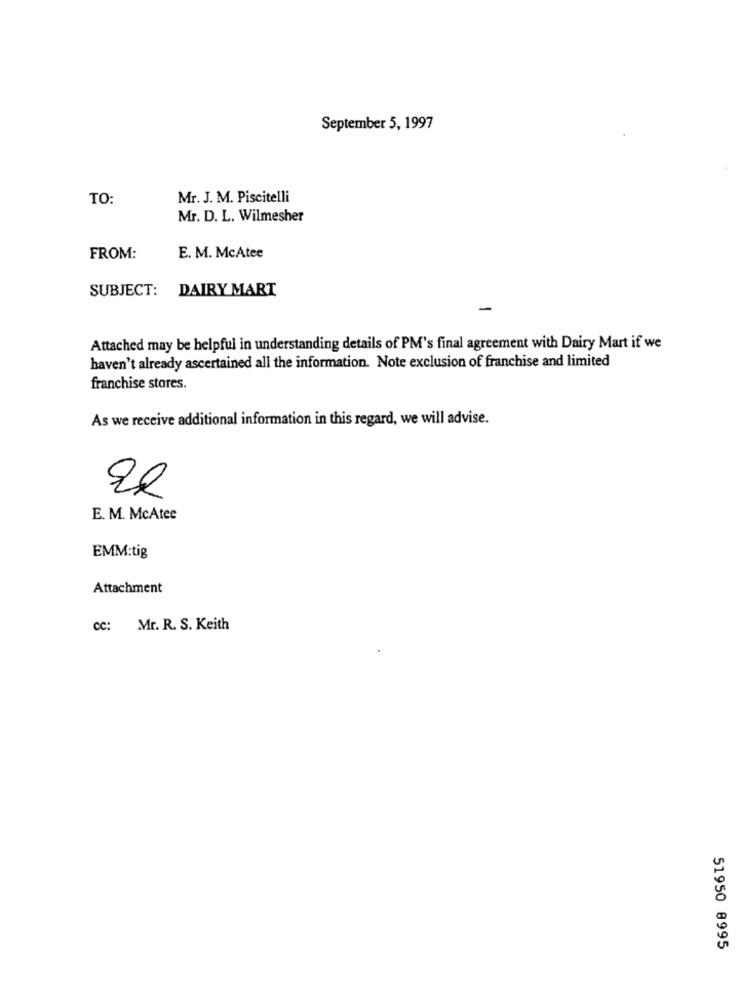
September 5, 1997
TO:
Mr. J. M. Piscitelli
Mr. D. L. Wilmesher
FROM:
E. M. McAtee
SUBJECT: DAIRY MART
Attached may be helpful in understanding details of PM's final agreement with Dairy Mart if we
haven't already ascertained all the information. Note exclusion of franchise and limited
franchise stores.
As we receive additional information in this regard, we will advise.
E. M. McAtee
EMM:tig
Attachment
cc: Mr. R. S. Keith
51950 8995